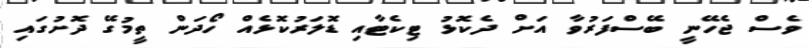
ވެސް ޖެހޭނީ ބޭސްފަރުވާ އަށް ދެކޮޅު ޓިކެޓާއި ޑޮލަރުކޮޅެއް ހޯދަން ތީމުގޭ ދޮށުގައި